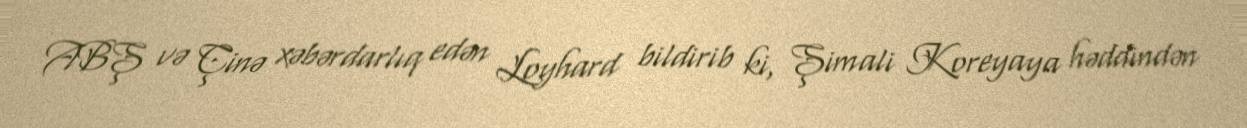
ABŞ və Çinə xəbərdarlıq edən Loyhard bildirib ki, Şimali Koreyaya həddindən